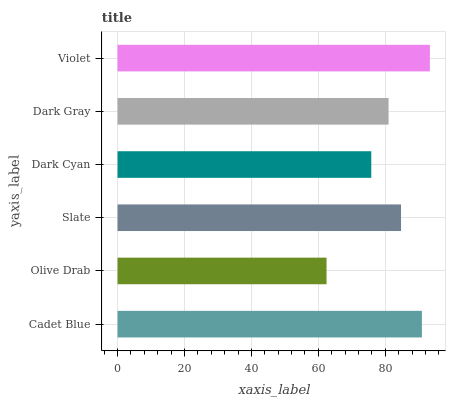
| yaxis_label | bars |
 | --- | --- |
 | Cadet Blue | 90.9 |
 | Olive Drab | 62.5 |
 | Slate | 84.7 |
 | Dark Cyan | 75.8 |
 | Dark Gray | 81 |
 | Violet | 93.3 |